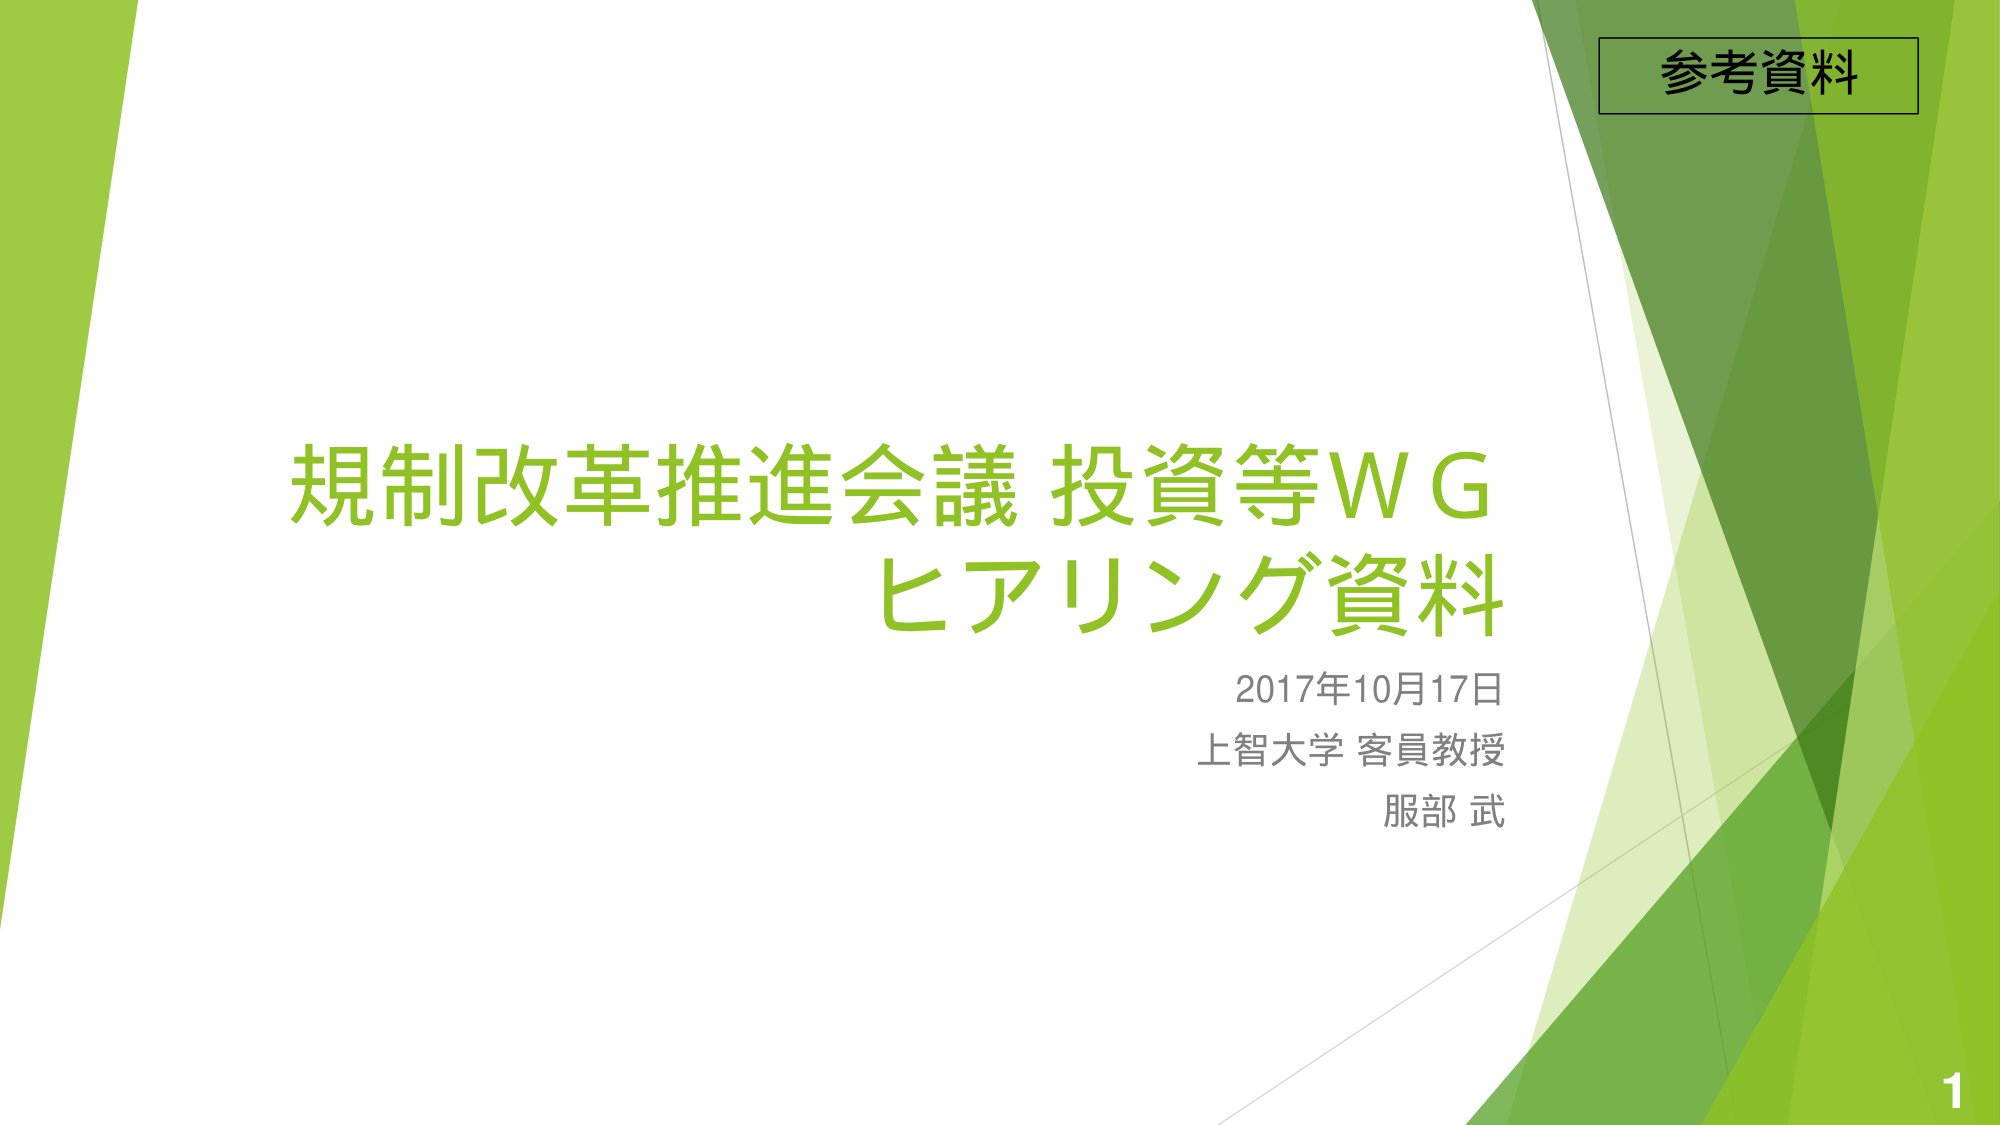
参考資料
規制改革推進会議 投資等ＷＧ
ヒアリング資料
2017年10月17日
上智大学 客員教授
服部 武
1